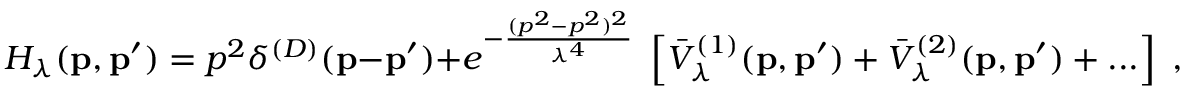
H _ { \lambda } ( { \bf p } , { \bf p ^ { \prime } } ) = p ^ { 2 } \delta ^ { ( D ) } ( { \bf p } - { \bf p ^ { \prime } } ) + e ^ { - \frac { ( p ^ { 2 } - p ^ { 2 } ) ^ { 2 } } { \lambda ^ { 4 } } } \; \left[ { \bar { V } } _ { \lambda } ^ { ( 1 ) } ( { \bf p } , { \bf p ^ { \prime } } ) + { \bar { V } } _ { \lambda } ^ { ( 2 ) } ( { \bf p } , { \bf p ^ { \prime } } ) + . . . \right] \; ,